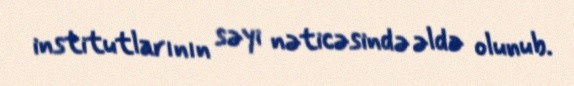
institutlarının səyi nəticəsində əldə olunub.